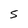
Character: S